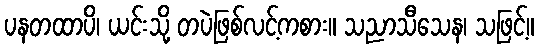
ပနတထာပိ၊ ယင်းသို့ တပဲဖြစ်လင့်ကစား။ သညာသီသေန၊ သဖြင့်။